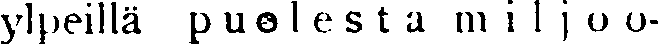
ylpeillä puolesta miljoo-